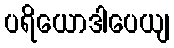
ပရိယောဒါပေယျ